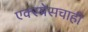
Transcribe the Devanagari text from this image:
एक्स्प्रेसचाही